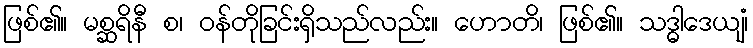
ဖြစ်၏။ မစ္ဆရိနီ စ၊ ဝန်တိုခြင်းရှိသည်လည်း။ ဟောတိ၊ ဖြစ်၏။ သဒ္ဓါဒေယျံ၊